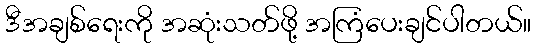
ဒီအချစ်ရေးကို အဆုံးသတ်ဖို့ အကြံပေးချင်ပါတယ်။